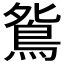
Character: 𫠔